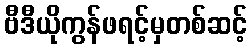
ဗီဒီယိုကွန်ဖရင့်မှတစ်ဆင့်